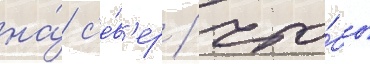
на́ с'е́в'ер / что́бы